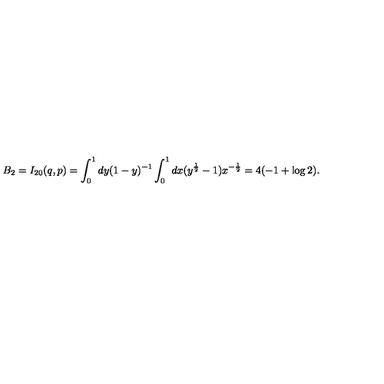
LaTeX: B _ { 2 } = I _ { 2 0 } ( q , p ) = \int _ { 0 } ^ { 1 } d y ( 1 - y ) ^ { - 1 } \int _ { 0 } ^ { 1 } d x ( y ^ { \frac 1 2 } - 1 ) x ^ { - \frac 1 2 } = 4 ( - 1 + \log 2 ) .